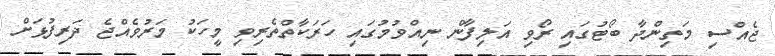
ޖެއްސި މަތިންދާ ބޯޓުގައި ރޯވި އަލިފާން ނިއްވުމުގައި ހަރަކާތްތެރިވި މީހަކު މަރުވެއްޖެ ދަރިފުޅަށް